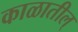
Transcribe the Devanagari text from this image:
काळातील्